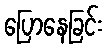
ပြောနေခြင်း